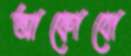
আকোবো